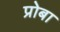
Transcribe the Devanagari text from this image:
प्रोबा